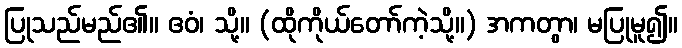
ပြုသည်မည်၏။ ဧဝံ၊ သို့။ (ထိုကိုယ်တော်ကဲ့သို့။) အကတွာ၊ မပြုမူ၍။